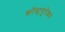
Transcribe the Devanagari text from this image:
कॉस्ट्रयूपेशन